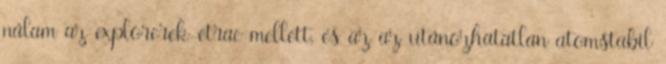
nálam az explorerek-etrac mellett, és az az utánozhatatlan atomstabil